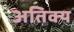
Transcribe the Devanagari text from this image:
अतिक्य